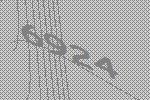
6924